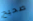
صحيح